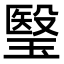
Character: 瑿